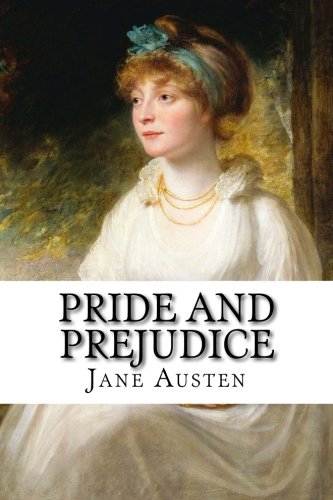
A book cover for Pride and Prejudice; Jane Austen; Literature & Fiction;